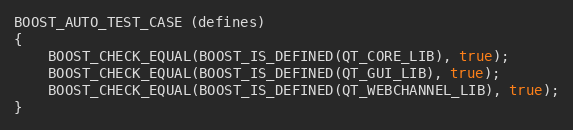
Language: C++
BOOST_AUTO_TEST_CASE (defines)
{
    BOOST_CHECK_EQUAL(BOOST_IS_DEFINED(QT_CORE_LIB), true);
    BOOST_CHECK_EQUAL(BOOST_IS_DEFINED(QT_GUI_LIB), true);
    BOOST_CHECK_EQUAL(BOOST_IS_DEFINED(QT_WEBCHANNEL_LIB), true);
}